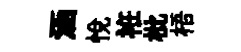
涵悅袵枇梧